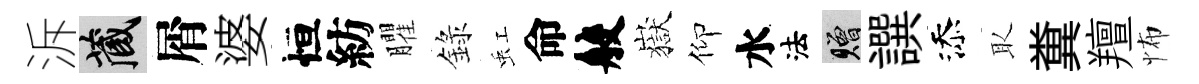
泝藏屑婆恒紡臞錄虹命般嶽仰水法贈譔添取糞羶怖